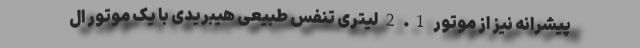
پیشرانه نیز از موتور 1. 2 لیتری تنفس طبیعی هیبریدی با یک موتور ال